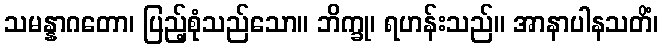
သမန္နာဂတော၊ ပြည့်စုံသည်သော။ ဘိက္ခု၊ ရဟန်းသည်။ အာနာပါနသတိံ၊